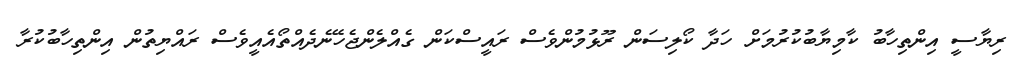
ރިޔާސީ އިންތިހާބު ކާމިޔާބުކުރުމަށް ހަދާ ކޯލިސަން ރޫޅުމުންވެސް ރައީސްކަން ގެއްލެންޖެހޭނެދެއްތޯއެއީވެސް ރައްޔިތުން އިންތިހާބުކުރާ